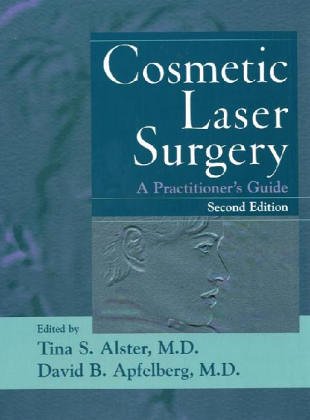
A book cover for Cosmetic Laser Surgery: A Practitioner's Guide, 2nd Edition; Medical Books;